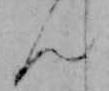
ん